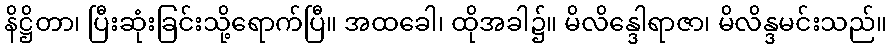
နိဋ္ဌိတာ၊ ပြီးဆုံးခြင်းသို့ရောက်ပြီ။ အထခေါ၊ ထိုအခါ၌။ မိလိန္ဒေါရာဇာ၊ မိလိန္ဒမင်းသည်။